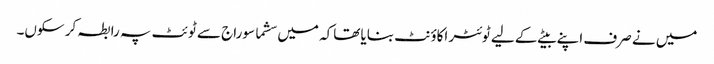
میں نے صرف اپنے بیٹے کے لیے ٹوئٹر اکاؤنٹ بنایا تھاکہ میں سشما سوراج سے ٹوئٹ پہ رابطہ کر سکوں۔